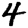
Digit: 4